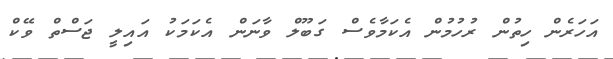
އަހަރެން ހިތުން ރުހުމުން އެކަމާވެސް ގަބޫލް ވާނަން އެކަމަކު އައިލީ ޖަސްތް ވޭކް